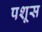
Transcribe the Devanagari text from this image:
पशूस